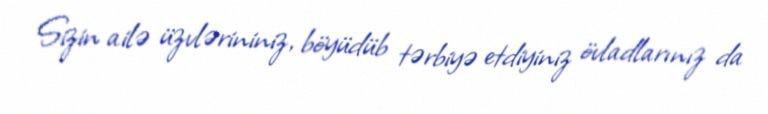
Sizin ailə üzvlərininiz, böyüdüb tərbiyə etdiyiniz övladlarınız da